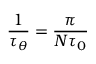
\frac { 1 } { \tau _ { \theta } } = \frac { \pi } { N \tau _ { 0 } }